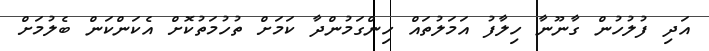
އަދި ފުލުހުން ގާނޫނާ ހިލާފު އަމަލުތައް ހިންގަމުންދާ ކަމަށް ތުހުމަތުކޮށް އެކަންކަން ބެލުމަށް